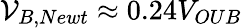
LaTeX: \mathcal{V}_{B,Newt}\approx 0.24V_{OUB}